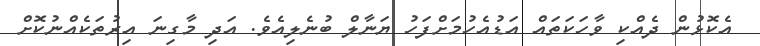
އެކޮޅުން ދެއްކި ވާހަކަތައް އަޑުއެހުމަށްފަހު ޔަނާލް ބުނެލިއެވެ. އަދި މާގިނަ އިރުތަކެއްނުކޮށް